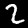
Label: 2